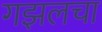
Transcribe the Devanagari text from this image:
गझलचा